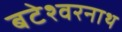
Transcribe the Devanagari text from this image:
बटेश्वरनाथ